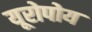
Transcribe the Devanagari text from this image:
यूरोपोय